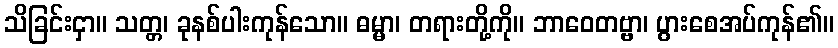
သိခြင်းငှာ။ သတ္တ၊ ခုနစ်ပါးကုန်သော။ ဓမ္မာ၊ တရားတို့ကို။ ဘာဝေတဗ္ဗာ၊ ပွားစေအပ်ကုန်၏။